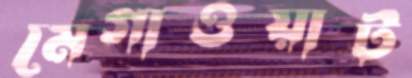
মেগাওয়াট